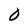
Character: 0